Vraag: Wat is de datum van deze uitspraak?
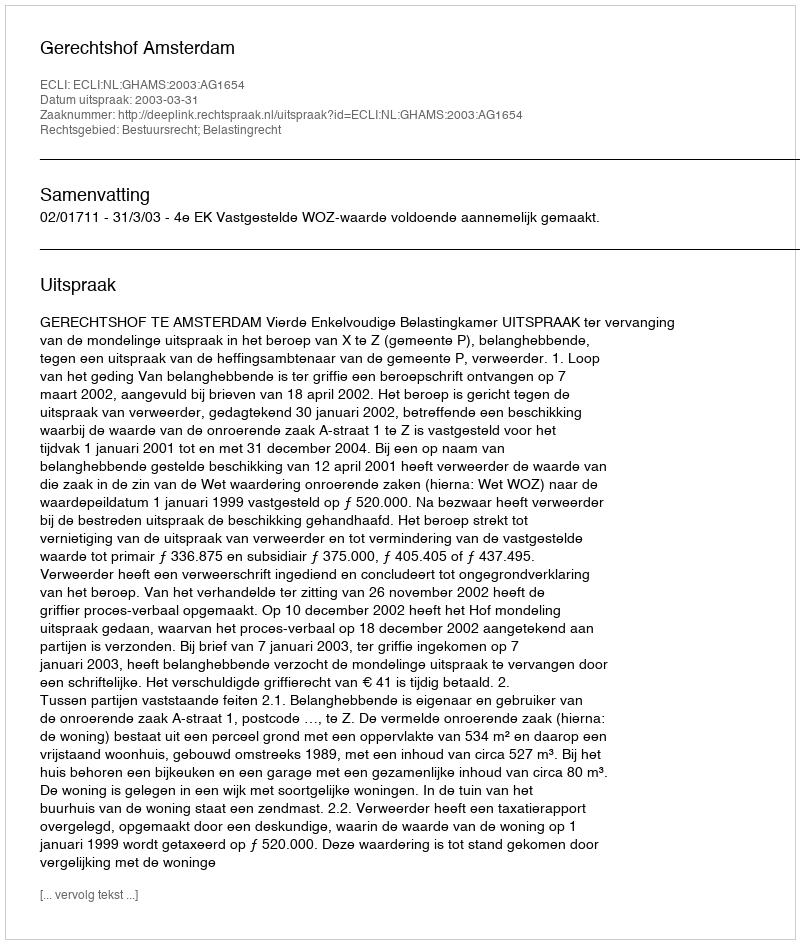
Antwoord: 2003-03-31